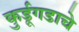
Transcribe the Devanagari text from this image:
कुर्डूगडाचे